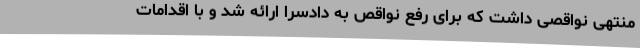
منتهی نواقصی داشت که برای رفع نواقص به دادسرا ارائه شد و با اقدامات